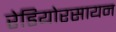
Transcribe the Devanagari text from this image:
रेडियोरसायन